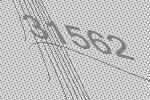
31562